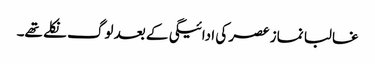
غالبا نماز عصر کی ادائیگی کے بعد لوگ نکلے تھے۔